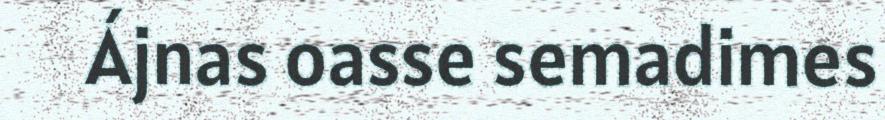
Ájnas oasse semadimes